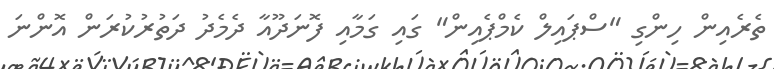
ތެރެއިން ހިންގި "ސްޕައިލް ކެމްޕެއިން" ގައި ގަމާއި ފޮނަދޫއާ ދެމެދު ދަތުރުކުރަން އޮންނަ